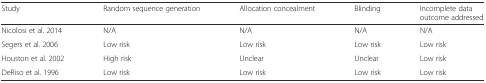
| Study | Random sequence generation | Allocation concealment | Blinding | Incomplete data outcome addressed |
 | --- | --- | --- | --- | --- |
 | Nicolosi et al. 2014 | N/A | N/A | N/A | N/A |
 | Segers et al. 2006 | Low risk | Low risk | Low risk | Low risk |
 | Houston et al. 2002 | High risk | Unclear | Unclear | Low risk |
 | DeRiso et al. 1996 | Low risk | Low risk | Low risk | Low risk |